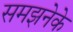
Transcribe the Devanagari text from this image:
समझनेके